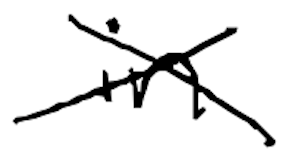
Text: in
Cross-out: cross
Writing tool: digital_black